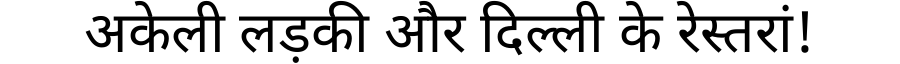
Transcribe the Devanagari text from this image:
अकेली लड़की और दिल्ली के रेस्तरां!